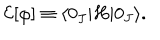
LaTeX: { \cal E } [ \varphi ] \equiv \langle 0 _ { J } | H | 0 _ { J } \rangle .